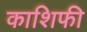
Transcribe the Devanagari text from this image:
काशिफी